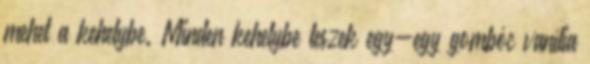
mehet a kehelybe. Minden kehelybe teszek egy-egy gombóc vanília